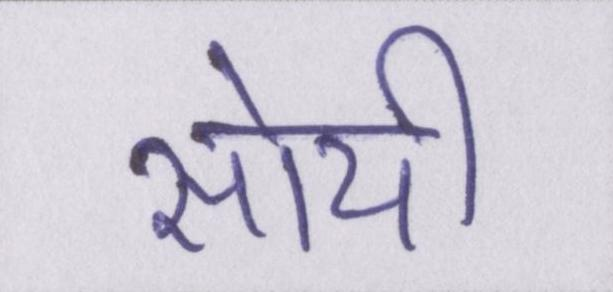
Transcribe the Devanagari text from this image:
सोयी